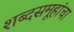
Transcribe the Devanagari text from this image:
शब्दसमूहांचा